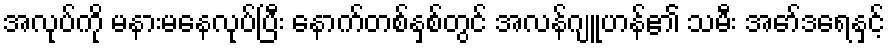
အလုပ်ကို မနားမနေလုပ်ပြီး နောက်တစ်နှစ်တွင် အလန်ဂျူဟန်၏ သမီး အော်ဒရေနှင့်